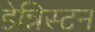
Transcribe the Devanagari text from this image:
डेन्निस्टन